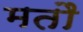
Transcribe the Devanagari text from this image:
मतौ